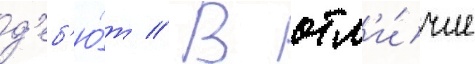
д'еб'ю́т // В отл'и́чие